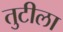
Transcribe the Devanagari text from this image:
तुटीला